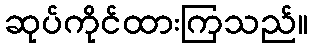
ဆုပ်ကိုင်ထားကြသည်။